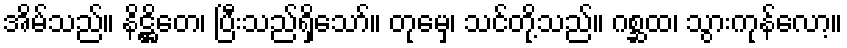
အိမ်သည်။ နိဋ္ဌိတေ၊ ပြီးသည်ရှိသော်။ တုမှေ၊ သင်တို့သည်။ ဂစ္ဆထ၊ သွားကုန်လော့။